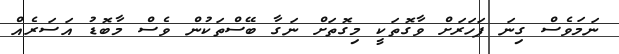
ނަމަވެސް ގިނަ ފަހަރަށް ވާގޮތަކީ މިގޮތަށް ނަގާ ބޭސްތަކުން ވެސް މާބޮޑު އަސަރެއް